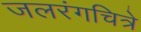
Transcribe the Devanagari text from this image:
जलरंगचित्रे